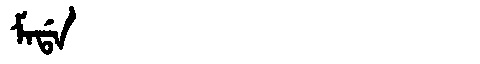
Manchu: ᠮᠠᡩᠠ
Romanization: MADA